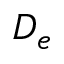
D _ { e }